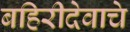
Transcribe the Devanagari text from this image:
बहिरीदेवाचे